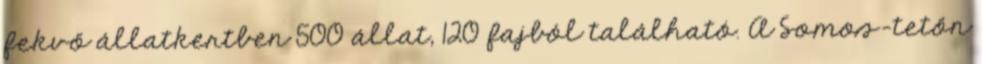
fekvő állatkertben 500 állat, 120 fajból található. A Somos-tetőn